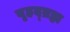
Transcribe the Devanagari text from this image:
बृहद्ब्रह्म